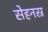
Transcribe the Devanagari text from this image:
सेहनस्र